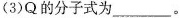
(3)Q的分子式为________。